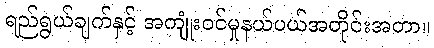
ရည်ရွယ်ချက်နှင့် အကျုံးဝင်မှုနယ်ပယ်အတိုင်းအတာ။